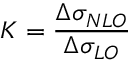
K = \frac { \Delta \sigma _ { N L O } } { \Delta \sigma _ { L O } }